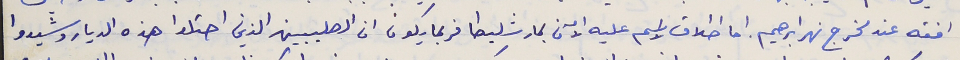
افقه عند مخرج نهر ابرهيم. اما اطلاق إسم عليه الآن بمار شليطا فربما يكون ان الصليبين الذين احتلوا هذه الديار وشيدوا